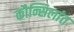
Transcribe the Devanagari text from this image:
कौन्सिलांत